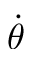
\dot { \theta }